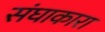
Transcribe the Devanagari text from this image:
संघाकारा